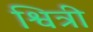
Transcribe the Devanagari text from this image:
श्वित्री